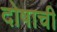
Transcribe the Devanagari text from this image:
दोषाची